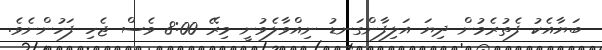
ބަޔާއެކު ފެތުރެމުން ދިޔަ އަލިފާންގަނޑު ނިއްވާލެވުނީ މިރޭ 8:00 ވެސް ޖެހި ފަހުންނެވެ.